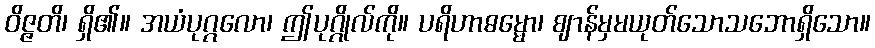
ဝိဇ္ဇတိ၊ ရှိ၏။ အယံပုဂ္ဂလော၊ ဤပုဂ္ဂိုလ်ကို။ ပရိဟာဓမ္မော၊ ဈာန်မှမယုတ်သောသဘောရှိသော။